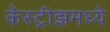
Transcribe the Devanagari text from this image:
कॅस्ट्रीझमध्ये